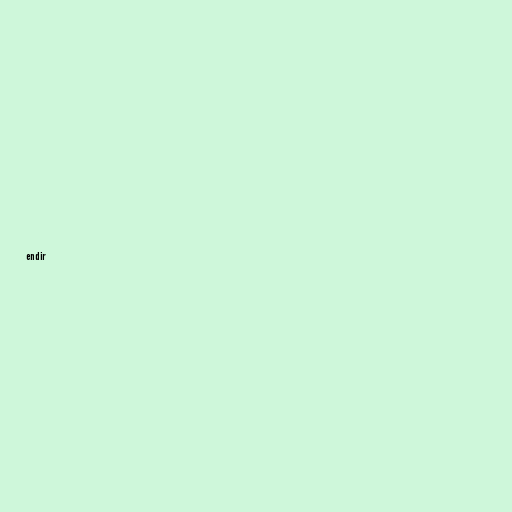
endir